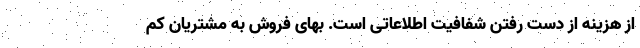
از هزینه از دست رفتن شفافیت اطلاعاتی است. بهای فروش به مشتریان کم